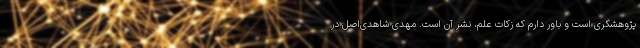
پژوهشگری است و باور دارم که زکات علم، نشر آن است. مهدی شاهدی‌اصل در